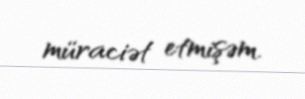
müraciət etmişəm.